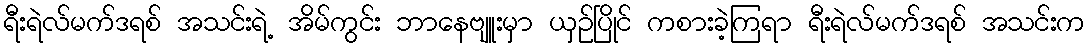
ရီးရဲလ်မက်ဒရစ် အသင်းရဲ့ အိမ်ကွင်း ဘာနေဗျူးမှာ ယှဉ်ပြိုင် ကစားခဲ့ကြရာ ရီးရဲလ်မက်ဒရစ် အသင်းက